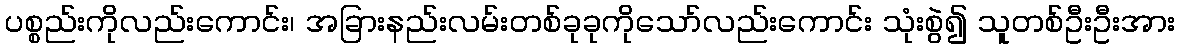
ပစ္စည်းကိုလည်းကောင်း၊ အခြားနည်းလမ်းတစ်ခုခုကိုသော်လည်းကောင်း သုံးစွဲ၍ သူတစ်ဦးဦးအား